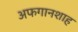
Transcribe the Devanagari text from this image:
अफगानशाह